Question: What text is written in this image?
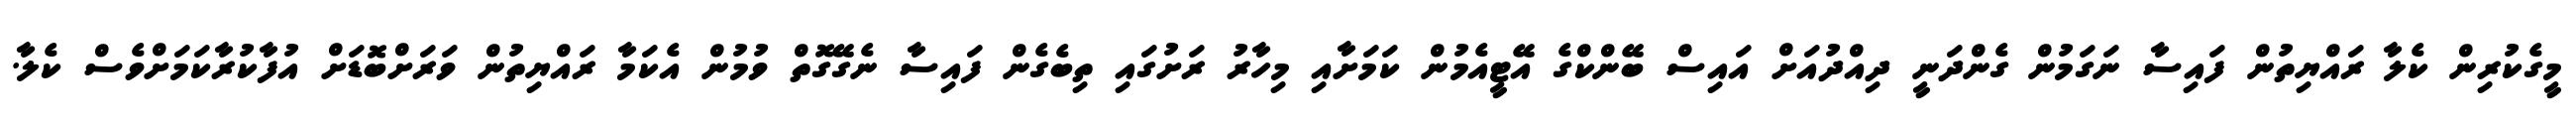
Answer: މީގެކުރިން ކެލާ ރައްޔިތުން ފައިސާ ނަގަމުން ގެންދަނީ ދިއްދުއަށް އައިސް ބޭންކްގެ އޭޓީއެމުން ކަމަށާއި މިހާރު ރަށުގައި ތިބެގެން ފައިސާ ނެގޭގޮތް ވުމުން އެކަމާ ރައްޔިތުން ވަރަށްބޮޑަށް އުފާކުރާކަމަށްވެސް ކެލާ.